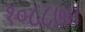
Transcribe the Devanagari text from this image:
१०८८७४